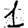
Digit: 1